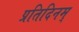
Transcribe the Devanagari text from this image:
प्रतिदिनम्‌